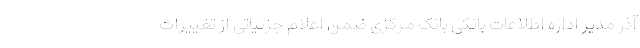
آذر مدیر اداره اطلاعات بانکی بانک مرکزی ضمن اعلام جزئیاتی از تغییرات